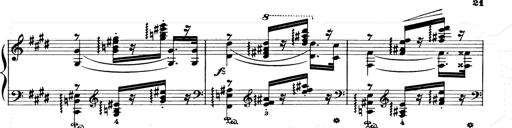
Title: Consolations and LiebestrÃ¤ume for the Piano
Composer: Franz Liszt